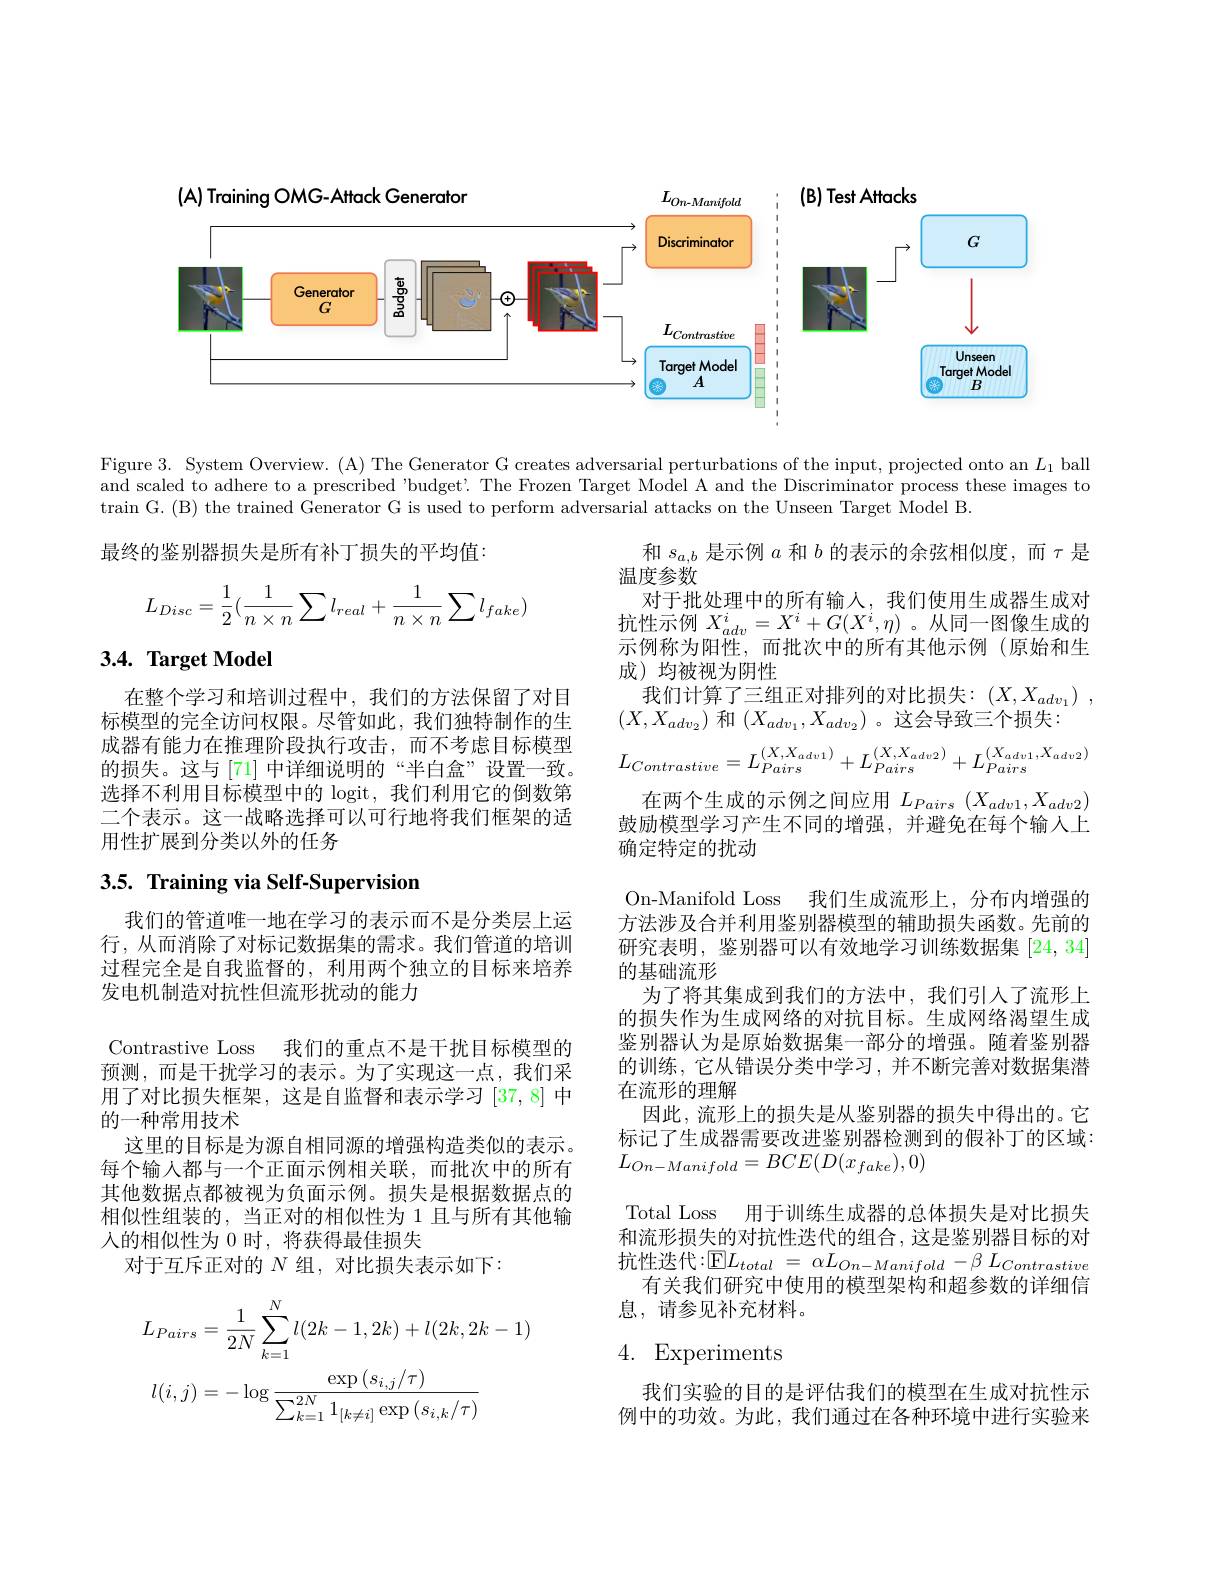
<FigureHere>

Figure 3. System Overview. (A) The Generator G creates adversarial perturbations of the input, projected onto an $L_1$ ball and scaled to adhere to a prescribed "budget? The Frozen Target Model A and the Discriminator process these images to train G. (B) the trained Generator G is used to perform adversarial attacks on the Unseen Target Model B.

最终的鉴别器损失是所有补丁损失的平均值：
$$\begin{aligned}L_{Disc}=\frac{1}{2}(\frac{1}{n\times n}\sum l_{real}+\frac{1}{n\times n}\sum l_{fake})\end{aligned}$$
## $3. 4. \textbf{Target Model}$

在整个学习和培训过程中，我们的方法保留了对目标模型的完全访问权限。尽管如此，我们独特制作的生成器有能力在推理阶段执行攻击，而不考虑目标模型的损失。这与[71] 中详细说明的“半白盒”设置一致。选择不利用目标模型中的 logit, 我们利用它的倒数第二个表示。这一战略选择可以可行地将我们框架的适用性扩展到分类以外的任务

# 3.5. Training via Self-Supervision

和$s_{a,b}$是示例$a$和$b$的表示的余弦相似度，而$\tau$是
温度参数
对于批处理中的所有输入，我们使用生成器生成对抗性示例$X_{adv}^i=X^i+G(X^i,\eta)$ 。从同一图像生成的示例称为阳性，而批次中的所有其他示例(原始和生成)均被视为阴性
我们计算了三组正对排列的对比损失：$( X, X_{adv_1})$ ,
$(X,X_{adv_2})$和$(X_adv_1,X_{adv_2})$ 。这会导致三个损失：
$$L_{Contrastive}=L_{Pairs}^{(X,X_{adv1})}+L_{Pairs}^{(X,X_{adv2})}+L_{Pairs}^{(X_{adv1},X_{adv2})}$$
在两个生成的示例之间应用$L_{Pairs}(X_{adv1},X_{adv2})$ 鼓励模型学习产生不同的增强，并避免在每个输人上确定特定的扰动
On-Manifold Loss 我们生成流形上，分布内增强的方法涉及合并利用鉴别器模型的辅助损失函数。先前的研究表明，鉴别器可以有效地学习训练数据集[24,34] 的基础流形
为了将其集成到我们的方法中，我们引入了流形上的损失作为生成网络的对抗目标。生成网络渴望生成鉴别器认为是原始数据集一部分的增强。随着鉴别器的训练，它从错误分类中学习，并不断完善对数据集潜在流形的理解
因此，流形上的损失是从鉴别器的损失中得出的。它标记了生成器需要改进鉴别器检测到的假补丁的区域： $L_{On-Manifold}=BCE(D(x_{fake}),0)$
Total Loss 用于训练生成器的总体损失是对比损失和流形损失的对抗性迭代的组合，这是鉴别器目标的对抗性迭代：$\operatorname{E}L_{total}=\alpha L_{On-Manifold}-\beta L_{Contrastive}$
有关我们研究中使用的模型架构和超参数的详细信
息，请参见补充材料。
4. Experiments

我们的管道唯一地在学习的表示而不是分类层上运行，从而消除了对标记数据集的需求。我们管道的培训过程完全是自我监督的，利用两个独立的目标来培养发电机制造对抗性但流形扰动的能力

Contrastive Loss 我们的重点不是干扰目标模型的预测，而是干扰学习的表示。为了实现这一点，我们采用了对比损失框架，这是自监督和表示学习[37,8]中的一种常用技术
这里的目标是为源自相同源的增强构造类似的表示。每个输人都与一个正面示例相关联，而批次中的所有其他数据点都被视为负面示例。损失是根据数据点的相似性组装的，当正对的相似性为 1 且与所有其他输人的相似性为 0 时，将获得最佳损失
对于互斥正对的$N$组，对比损失表示如下：
$$\begin{aligned}&L_{Pairs}=\frac{1}{2N}\sum_{k=1}^{N}l(2k-1,2k)+l(2k,2k-1)\\&l(i,j)=-\log\frac{\exp{(s_{i,j}/\tau)}}{\sum_{k=1}^{2N}1_{[k\neq i]}\exp{(s_{i,k}/\tau)}}\end{aligned}$$
我们实验的目的是评估我们的模型在生成对抗性示例中的功效。为此，我们通过在各种环境中进行实验来